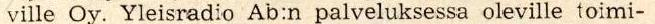
ville Oy. Yleisradio Ab:n palveluksessa oleville toimi-